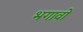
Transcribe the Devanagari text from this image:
भगावो